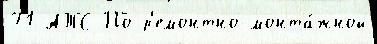
71 АТС По р'емонтно-монта́жной